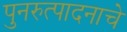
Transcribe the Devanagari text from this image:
पुनरुत्पादनाचे